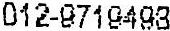
TEL: 012-9719498